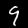
Digit: 9